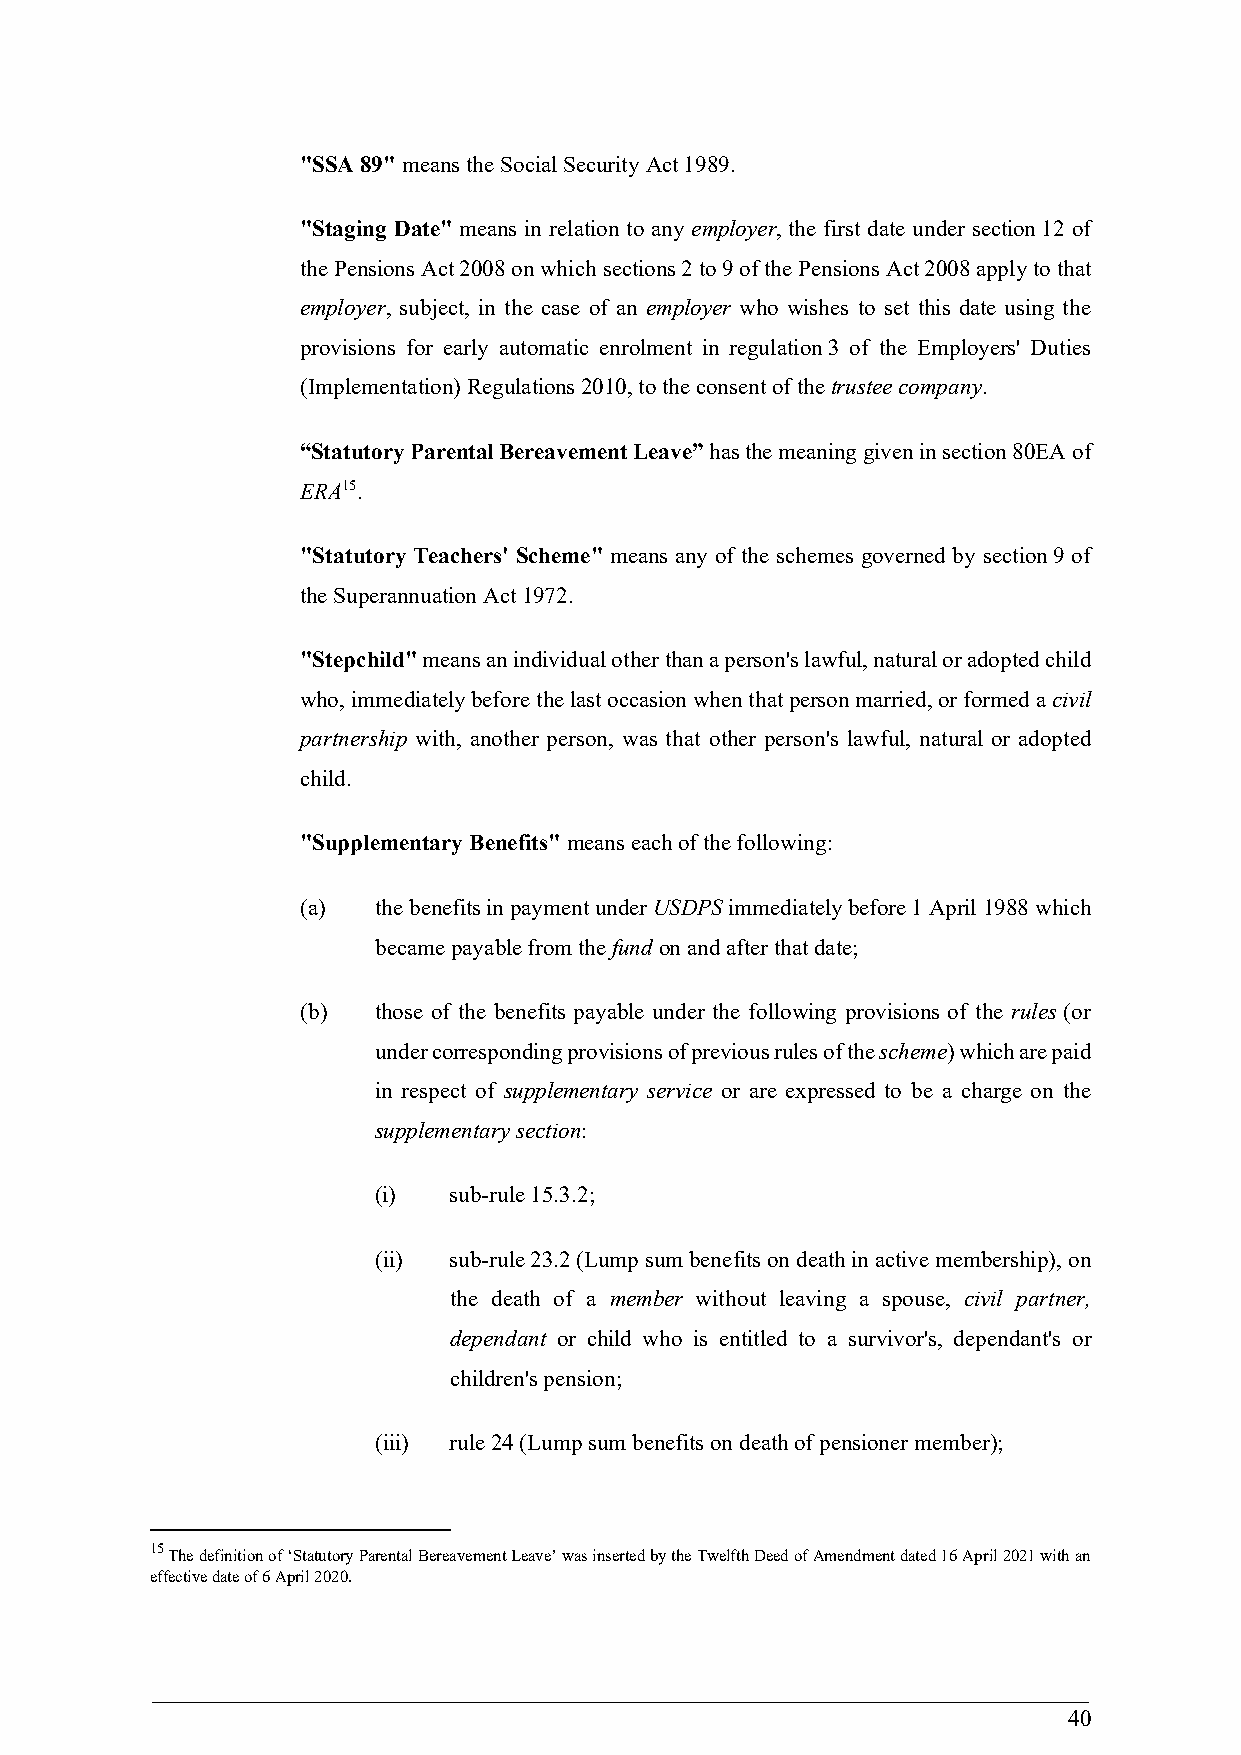
"SSA 89" means the Social Security Act 1989.
 "Staging Date" means in relation to any employer, the first date under section 12 of
 the Pensions Act 2008 on which sections 2 to 9 of the Pensions Act 2008 apply to that
 employer, subject, in the case of an employer who wishes to set this date using the
 provisions for early automatic enrolment in regulation 3 of the Employers' Duties
 (Implementation) Regulations 2010, to the consent of the trustee company.
 “Statutory Parental Bereavement Leave” has the meaning given in section 80EA of
 ERA15.
 "Statutory Teachers' Scheme" means any of the schemes governed by section 9 of
 the Superannuation Act 1972.
 "Stepchild" means an individual other than a person's lawful, natural or adopted child
 who, immediately before the last occasion when that person married, or formed a civil
 partnership with, another person, was that other person's lawful, natural or adopted
 child.
 "Supplementary Benefits" means each of the following:
 (a)  the benefits in payment under USDPS immediately before 1 April 1988 which
 became payable from the fund on and after that date;
 (b)  those of the benefits payable under the following provisions of the rules (or
 under corresponding provisions of previous rules of the scheme) which are paid
 in respect of supplementary service or are expressed to be a charge on the
 supplementary section:
 (i)  sub-rule 15.3.2;
 (ii) sub-rule 23.2 (Lump sum benefits on death in active membership), on
 the death of a member without leaving a spouse, civil partner,
 dependant or child who is entitled to a survivor's, dependant's or
 children's pension;
 (iii) rule 24 (Lump sum benefits on death of pensioner member);
 15
 The definition of ‘Statutory Parental Bereavement Leave’ was inserted by the Twelfth Deed of Amendment dated 16 April 2021 with an
 effective date of 6 April 2020.
 40